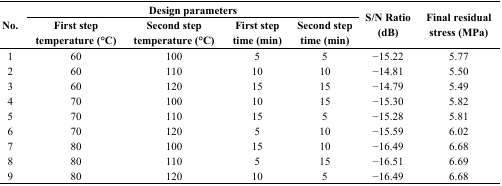
<table><thead><tr><td rowspan="2"><b>No.</b></td><td colspan="4"><b>Design parameters</b></td><td rowspan="2"><b>S/N Ratio (dB)</b></td><td rowspan="2"><b>Final residual stress (MPa)</b></td></tr><tr><td><b>First step temperature (°C)</b></td><td><b>Second step temperature (°C)</b></td><td><b>First step time (min)</b></td><td><b>Second step time (min)</b></td></tr></thead><tbody><tr><td>1</td><td>60</td><td>100</td><td>5</td><td>5</td><td>−15.22</td><td>5.77</td></tr><tr><td>2</td><td>60</td><td>110</td><td>10</td><td>10</td><td>−14.81</td><td>5.50</td></tr><tr><td>3</td><td>60</td><td>120</td><td>15</td><td>15</td><td>−14.79</td><td>5.49</td></tr><tr><td>4</td><td>70</td><td>100</td><td>10</td><td>15</td><td>−15.30</td><td>5.82</td></tr><tr><td>5</td><td>70</td><td>110</td><td>15</td><td>5</td><td>−15.28</td><td>5.81</td></tr><tr><td>6</td><td>70</td><td>120</td><td>5</td><td>10</td><td>−15.59</td><td>6.02</td></tr><tr><td>7</td><td>80</td><td>100</td><td>15</td><td>10</td><td>−16.49</td><td>6.68</td></tr><tr><td>8</td><td>80</td><td>110</td><td>5</td><td>15</td><td>−16.51</td><td>6.69</td></tr><tr><td>9</td><td>80</td><td>120</td><td>10</td><td>5</td><td>−16.49</td><td>6.68</td></tr></tbody></table>